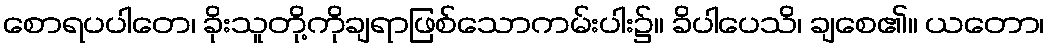
စောရပပါတေ၊ ခိုးသူတို့ကိုချရာဖြစ်သောကမ်းပါး၌။ ခိပါပေသိ၊ ချစေ၏။ ယတော၊